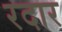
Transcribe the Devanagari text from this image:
रदार